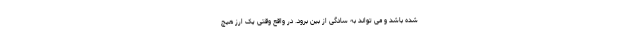
شده باشد و می تواند به سادگی از بین برود. در واقع وقتی یک ارز هیچ